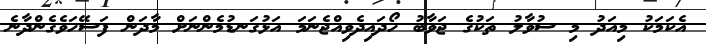
އެކަމަކު މިއަދު މި ސުވާލު ތަކުގެ ޖަވާބު ހޯދައިދެވިއްޖެނަމަ އަޅުގަނޑުމެންނަށް މާދަން ފަސޭހަވެގެންދާނެ